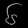
Digit: ၆